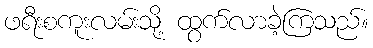
ဖရီးစကူးလမ်းသို့ ထွက်လာခဲ့ကြသည်။